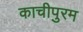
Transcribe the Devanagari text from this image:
काचीपुरम